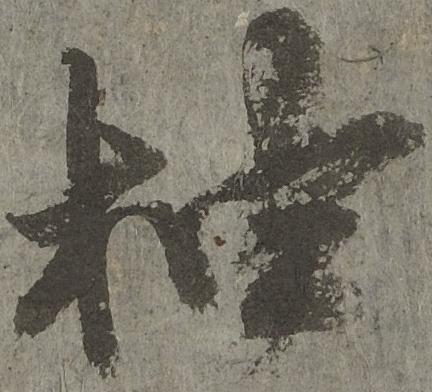
抽